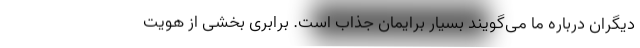
دیگران درباره ما می‌گویند بسیار برایمان جذاب است. برابری بخشی از هویت